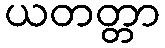
ယတတ္တာ